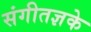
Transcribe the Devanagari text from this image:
संगीतज्ञके